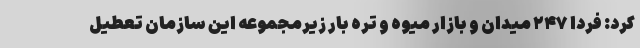
کرد: فردا ۲۴۷ میدان و بازار میوه و تره بار زیرمجموعه این سازمان تعطیل